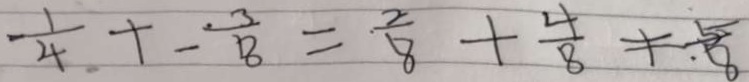
\frac { 1 } { 4 } + - \frac { 3 } { 8 } = \frac { 2 } { 8 } + \frac { 4 } { 8 } \neq \frac { 5 } { 8 }